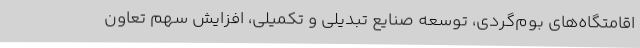
اقامتگاه‌های بوم‌گردی، توسعه صنایع تبدیلی و تکمیلی، افزایش سهم تعاون